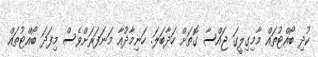
ކުދި ބޯއްޓުތައް މާމިގިލީގަ ޖައްސާ ގޮތަށް ހަދާބަލަ. ހަނިމާދުއާ މަނަފަރަށްވެސް މިފަދަ ބޯއްޓުތައް